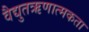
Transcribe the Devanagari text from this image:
वैद्युतऋणात्मकता